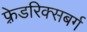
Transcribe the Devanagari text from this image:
फ़्रेडरिक्सबर्ग